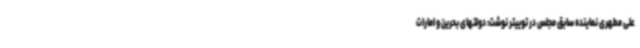
علی مطهری نماینده سابق مجلس در توییتر نوشت: دولتهای بحرین و امارات